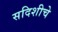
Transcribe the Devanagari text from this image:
सदिशीचे